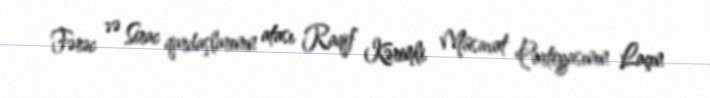
Fərəc və Sirac qardaşlarının atası Raqif Kərimli Müsavat Partiyasının Laçın